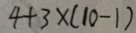
4 + 3 \times ( 1 0 - 1 )